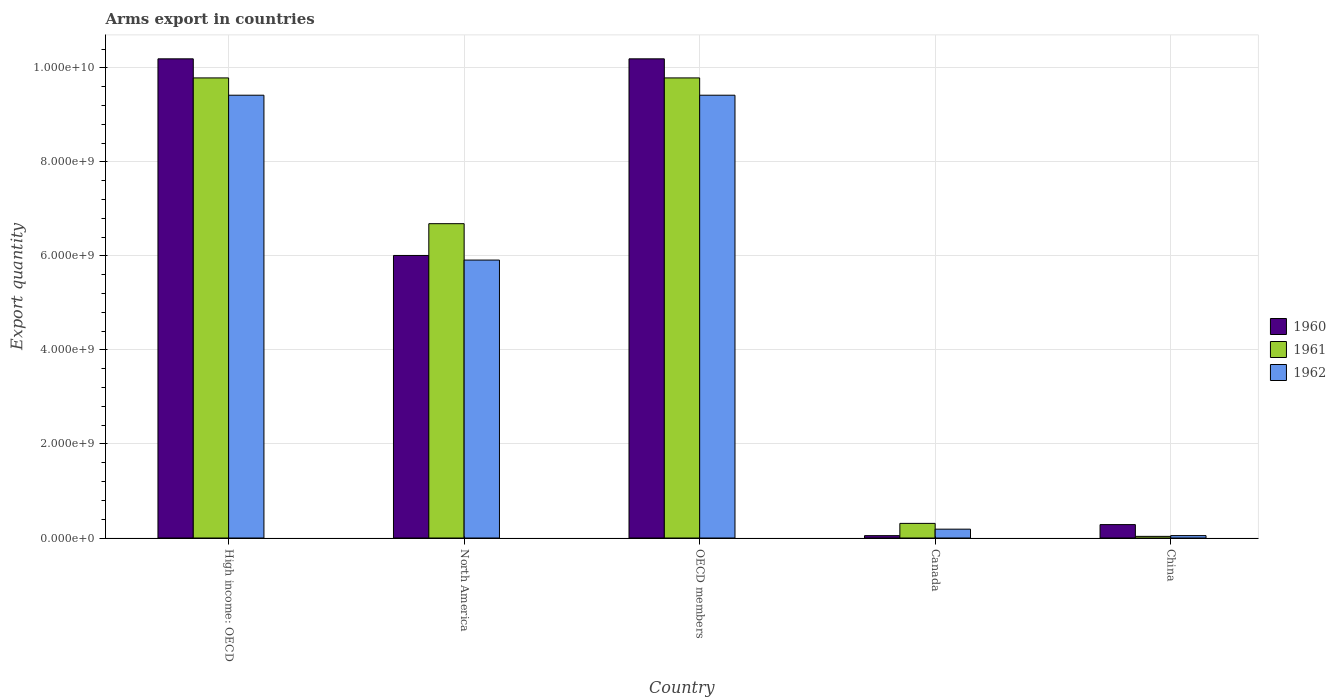
| Country | 1960 | 1961 | 1962 |
 | --- | --- | --- | --- |
 | High income: OECD | 1.02e+10 | 9.79e+09 | 9.42e+09 |
 | North America | 6.01e+09 | 6.69e+09 | 5.91e+09 |
 | OECD members | 1.02e+10 | 9.79e+09 | 9.42e+09 |
 | Canada | 5e+07 | 3.11e+08 | 1.88e+08 |
 | China | 2.85e+08 | 3.5e+07 | 5.1e+07 |